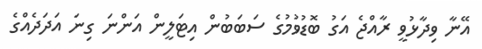
އޭނާ ވިދާޅުވީ ރާއްޖެ އަގު ބޮޑުވުމުގެ ސަބަބުން އިޓަލީން އަންނަ ގިނަ އަދަދެއްގެ